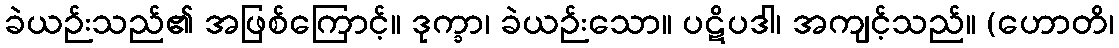
ခဲယဉ်းသည်၏ အဖြစ်ကြောင့်။ ဒုက္ခာ၊ ခဲယဉ်းသော။ ပဋိပဒါ၊ အကျင့်သည်။ (ဟောတိ၊